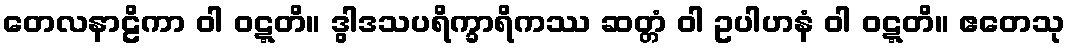
တေလနာဠိကာ ဝါ ဝဋ္ဋတိ။ ဒွါဒသပရိက္ခာရိကဿ ဆတ္တံ ဝါ ဥပါဟနံ ဝါ ဝဋ္ဋတိ။ ဧတေသု